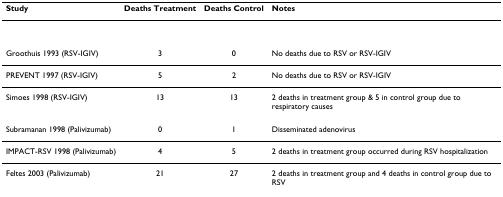
<table><thead><tr><td><b>Study</b></td><td><b>Deaths Treatment</b></td><td><b>Deaths Control</b></td><td><b>Notes</b></td></tr></thead><tbody><tr><td>Groothuis 1993 (RSV-IGIV)</td><td>3</td><td>0</td><td>No deaths due to RSV or RSV-IGIV</td></tr><tr><td>PREVENT 1997 (RSV-IGIV)</td><td>5</td><td>2</td><td>No deaths due to RSV or RSV-IGIV</td></tr><tr><td>Simoes 1998 (RSV-IGIV)</td><td>13</td><td>13</td><td>2 deaths in treatment group &amp; 5 in control group due to respiratory causes</td></tr><tr><td>Subramanan 1998 (Palivizumab)</td><td>0</td><td>1</td><td>Disseminated adenovirus</td></tr><tr><td>IMPACT-RSV 1998 (Palivizumab)</td><td>4</td><td>5</td><td>2 deaths in treatment group occurred during RSV hospitalization</td></tr><tr><td>Feltes 2003 (Palivizumab)</td><td>21</td><td>27</td><td>2 deaths in treatment group and 4 deaths in control group due to RSV</td></tr></tbody></table>